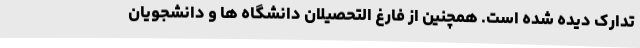
تدارک دیده شده است. همچنین از فارغ التحصیلان دانشگاه ها و دانشجویان